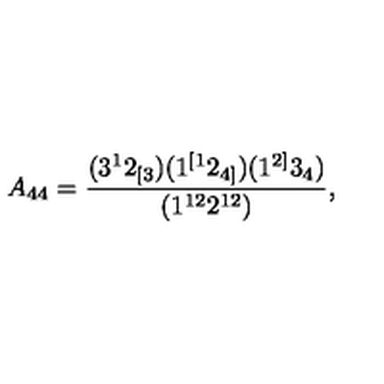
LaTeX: A _ { 4 4 } = \frac { ( 3 ^ { 1 } 2 _ { [ 3 } ) ( 1 ^ { [ 1 } 2 _ { 4 ] } ) ( 1 ^ { 2 ] } 3 _ { 4 } ) } { ( 1 ^ { 1 2 } 2 ^ { 1 2 } ) } ,